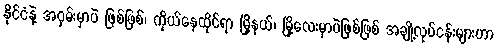
နိုင်ငံနဲ့ အဝှမ်းမှာပဲ ဖြစ်ဖြစ်၊ ကိုယ်နေထိုင်ရာ မြို့နယ်၊ မြို့လေးမှာပဲဖြစ်ဖြစ် အချို့လုပ်ငန်းများဟာ